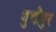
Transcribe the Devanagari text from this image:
बुचीपुर